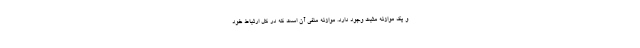
و یک موازنه مثبت وجود دارد. موازنه منفی آن است که در کل ارتباط خود